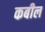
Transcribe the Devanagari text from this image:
कबील